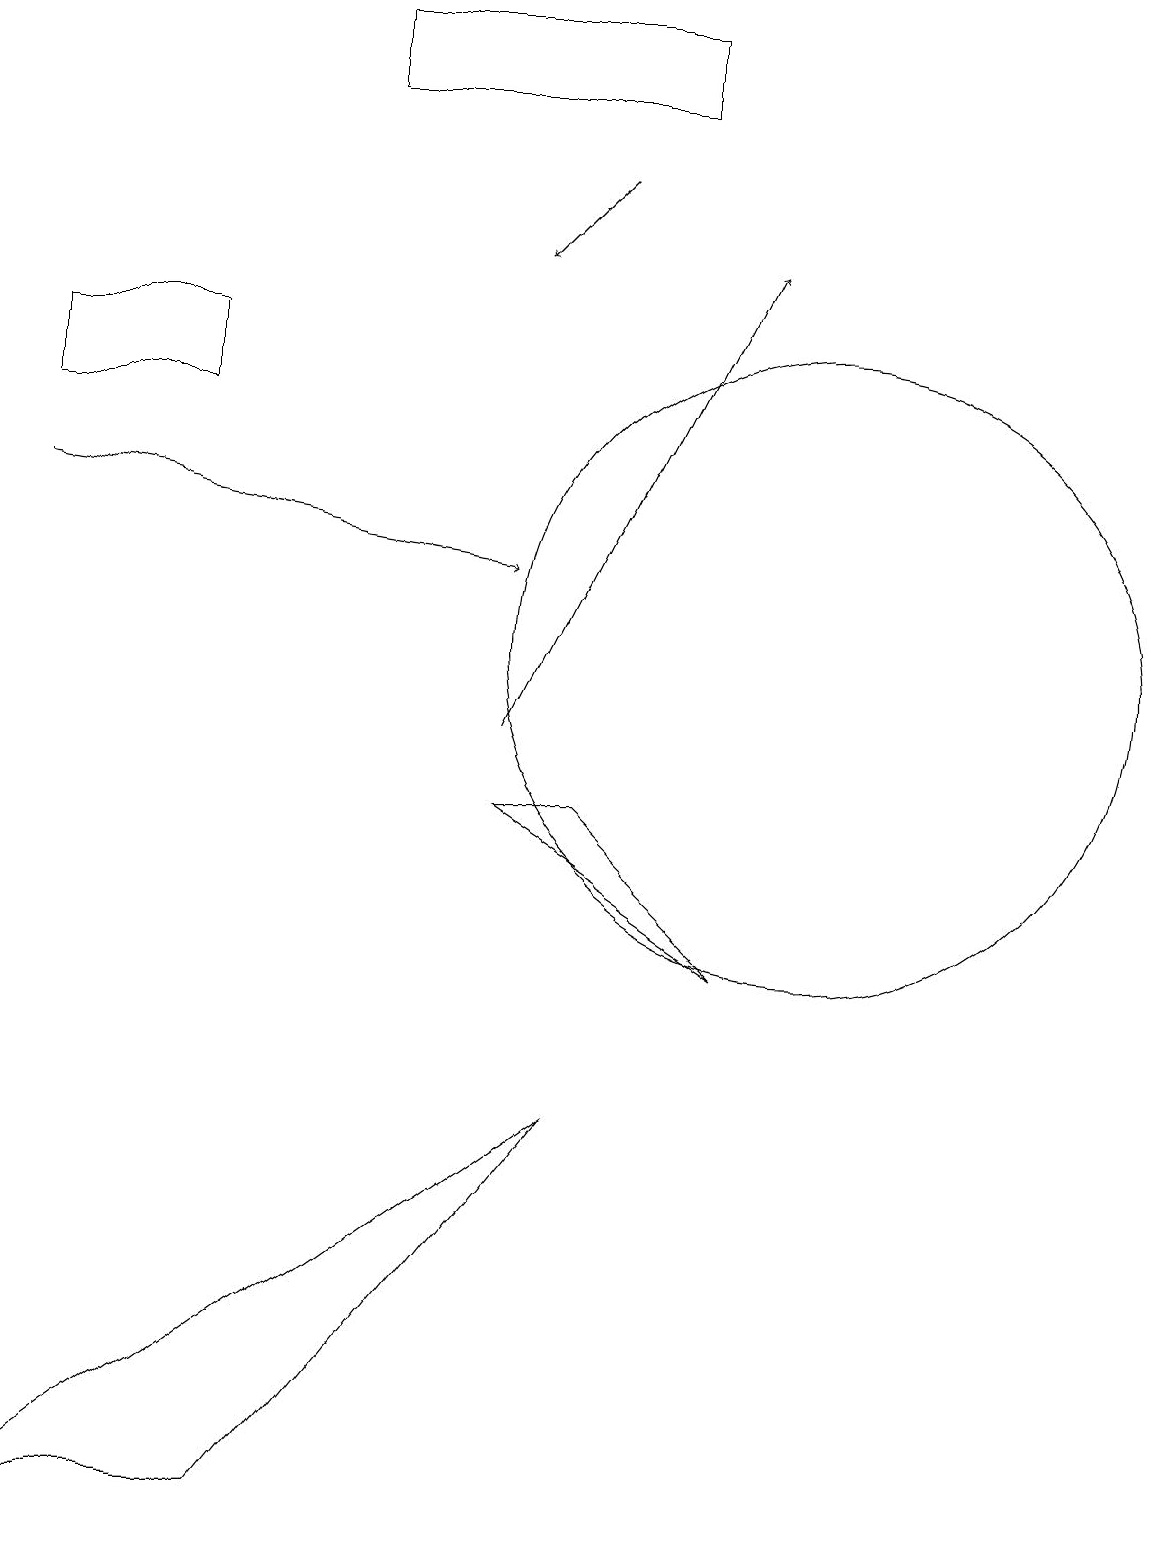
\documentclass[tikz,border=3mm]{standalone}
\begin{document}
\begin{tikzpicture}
\draw (2,15) rectangle (0,14);
\draw[->] (0,13) -- (6,12);
\draw (3,0) -- (7,5) -- (0,0) -- cycle;
\draw (10,11) circle (4);
\draw[->] (6,10) -- (9,16);
\draw (6,9) -- (9,7) -- (7,9) -- cycle;
\draw (4,19) rectangle (8,18);
\draw[->] (7,17) -- (6,16);
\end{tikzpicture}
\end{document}